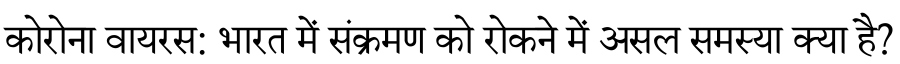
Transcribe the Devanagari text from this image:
कोरोना वायरस: भारत में संक्रमण को रोकने में असल समस्या क्या है?